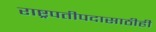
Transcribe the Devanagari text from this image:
राष्ट्रपतीपदासाठीही